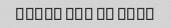
Thank you so much